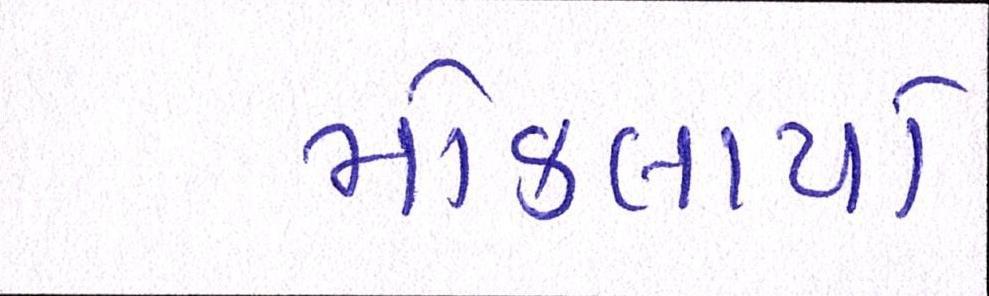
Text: મોકલાયો